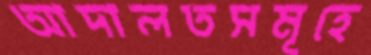
আদালতসমূহে